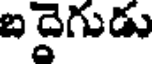
బ దైగుడు